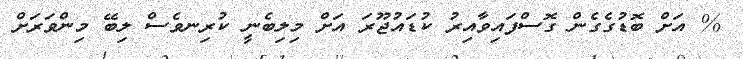
% އަށް ބޮޑުގެގެން ގޮސްފައިވާއިރު ކުޑައުޖޫރަ އަށް މިލިބެނީ ކުރިނވެސް ލިބޭ މިންވަރަށް